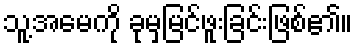
သူ့အမေကို ခုမှမြင်ဖူးခြင်းဖြစ်၏။